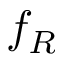
f _ { R }